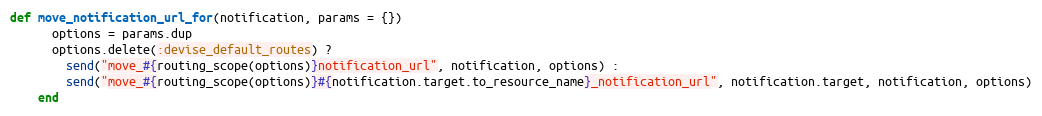
Language: Ruby
def move_notification_url_for(notification, params = {})
      options = params.dup
      options.delete(:devise_default_routes) ?
        send("move_#{routing_scope(options)}notification_url", notification, options) :
        send("move_#{routing_scope(options)}#{notification.target.to_resource_name}_notification_url", notification.target, notification, options)
    end